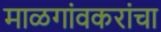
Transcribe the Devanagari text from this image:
माळगांवकरांचा